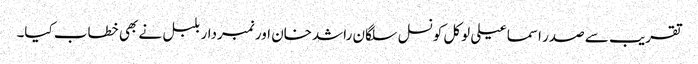
تقریب سے صدر اسماعیلی لوکل کونسل سلگان راشدخان اور نمبردار بلبل نے بھی خطاب کیا۔